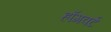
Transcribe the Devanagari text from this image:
हॉगवर्ट